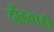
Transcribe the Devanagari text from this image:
दौंडवाडी